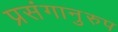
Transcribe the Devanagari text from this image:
प्रसंगानुरुप